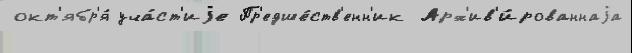
окт'ябр'я́ уча́ст'иjе Пр'едше́ств'енн'ик Арх'ив'и́рованнаjа